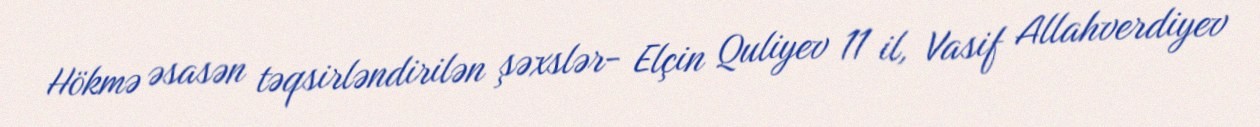
Hökmə əsasən təqsirləndirilən şəxslər- Elçin Quliyev 11 il, Vasif Allahverdiyev